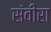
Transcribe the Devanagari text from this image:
संवीरा